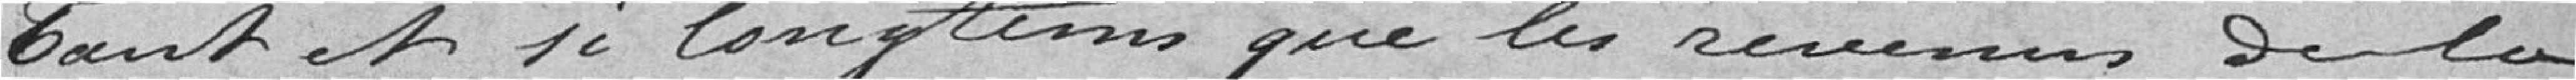
Tout et si longtemps que les revenus de la